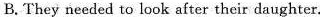
B.They needed to look after their daughter.